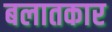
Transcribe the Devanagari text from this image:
बलातकार